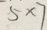
5 \times 7